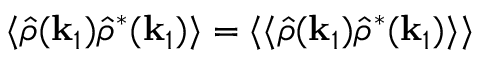
\langle \hat { \rho } ( \mathbf { k } _ { 1 } ) \hat { \rho } ^ { * } ( \mathbf { k } _ { 1 } ) \rangle = \langle \langle \hat { \rho } ( \mathbf { k } _ { 1 } ) \hat { \rho } ^ { * } ( \mathbf { k } _ { 1 } ) \rangle \rangle